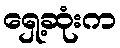
ရှေ့ဆုံးက